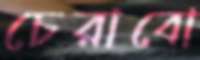
চেরাবো